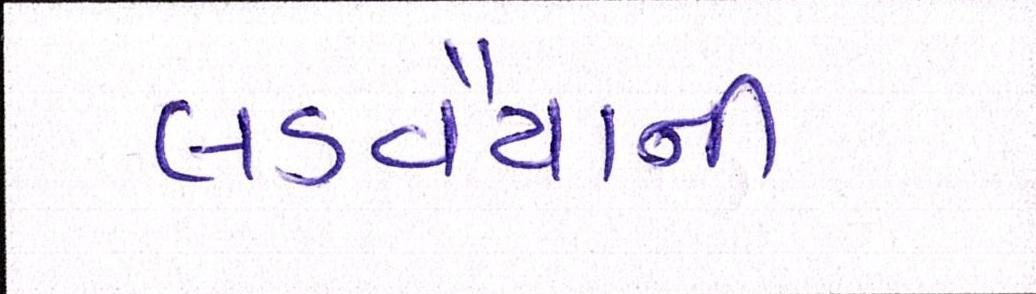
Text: લડવૈયાની